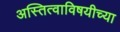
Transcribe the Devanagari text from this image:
अस्तित्वाविषयीच्या